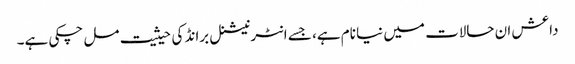
داعش ان حالات میں نیا نام ہے، جسے انٹرنیشنل برانڈ کی حیثیت مل چکی ہے۔